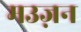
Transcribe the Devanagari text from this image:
मउज़न